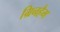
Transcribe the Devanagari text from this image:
ग्रिनहैम